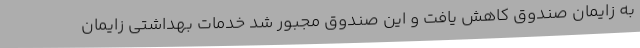
به زایمان صندوق کاهش یافت و این صندوق مجبور شد خدمات بهداشتی زایمان